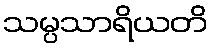
သမ္ပသာရိယတိ